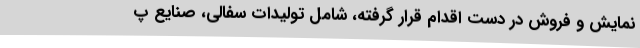
نمایش و فروش در دست اقدام قرار گرفته، شامل تولیدات سفالی، صنایع پ